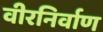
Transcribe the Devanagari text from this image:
वीरनिर्वाण